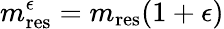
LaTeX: m_{\mathrm{res}}^{\epsilon}=m_{\mathrm{res}}(1+\epsilon)